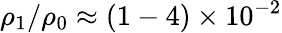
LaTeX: \rho_{1}/\rho_{0}\approx(1-4)\times 10^{-2}